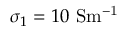
\sigma _ { 1 } = 1 0 ~ \mathrm { { S m ^ { - 1 } } }